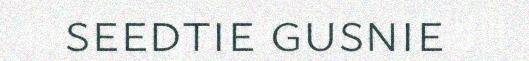
seedtie gusnie